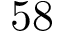
5 8